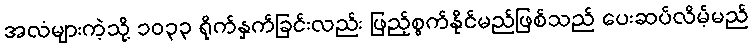
အလံများကဲ့သို့ ၁၀၃၃ ရိုက်နှက်ခြင်းလည်း ဖြည့်စွက်နိုင်မည်ဖြစ်သည် ပေးဆပ်လိမ့်မည်